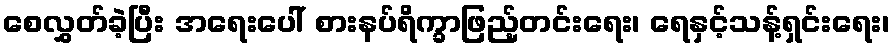
စေလွှတ်ခဲ့ပြီး အရေးပေါ် စားနပ်ရိက္ခာဖြည့်တင်းရေး၊ ရေနှင့်သန့်ရှင်းရေး၊